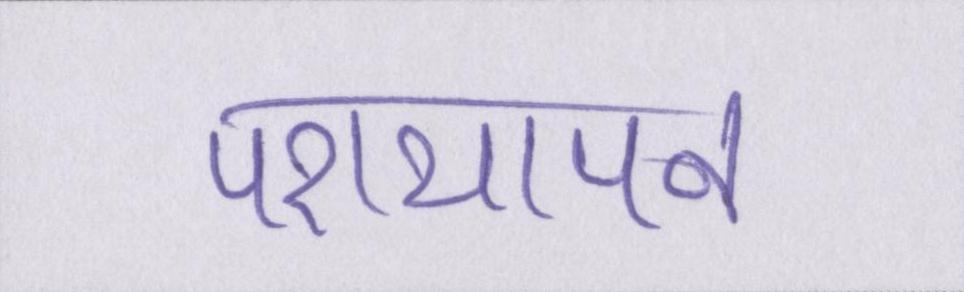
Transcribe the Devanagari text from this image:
परायापन